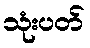
သုံးပတ်